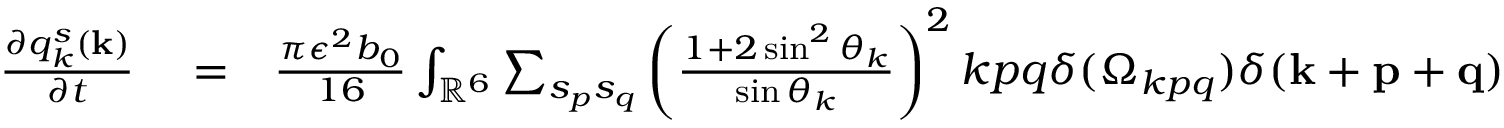
\begin{array} { r l r } { \frac { \partial q _ { k } ^ { s } ( { \bf k } ) } { \partial t } } & { { } = } & { \frac { \pi \epsilon ^ { 2 } b _ { 0 } } { 1 6 } \int _ { { \mathbb { R } } ^ { 6 } } \sum _ { s _ { p } s _ { q } } \left( \frac { 1 + 2 \sin ^ { 2 } \theta _ { k } } { \sin \theta _ { k } } \right) ^ { 2 } k p q \delta ( \Omega _ { k p q } ) \delta ( { \bf k } + { \bf p } + { \bf q } ) } \end{array}